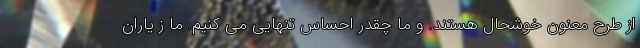
از طرح معنون خوشحال هستند. و ما چقدر احساس تنهایی می کنیم. ما ز یاران